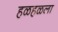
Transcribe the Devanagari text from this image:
हळहळला